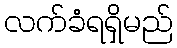
လက်ခံရရှိမည်